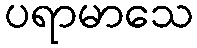
ပရာမာသေ